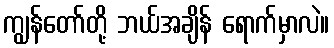
ကျွန်တော်တို့ ဘယ်အချိန် ရောက်မှာလဲ။